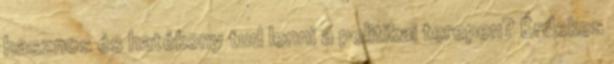
hasznos és hatékony tud lenni a politikai terepen? Érdekes